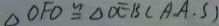
\Delta O F O \cong \Delta D E B ( A . A . S )